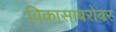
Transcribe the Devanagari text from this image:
विकासाबरोबर